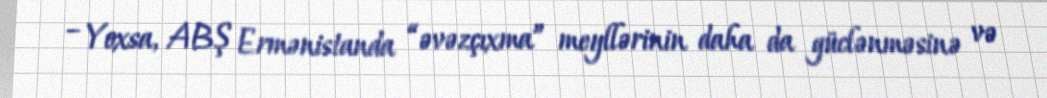
– Yoxsa, ABŞ Ermənistanda “əvəzçıxma” meyllərinin daha da güclənməsinə və